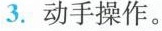
3.动手操作。